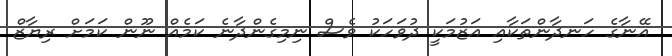
އޭނާގެ ހަނދާންތަކާއި އަޒުމަކީ ދުވަހަކު ވެސް ނިމިގެންދާނެ ކަމެއް ނޫން ކަމަށް ރިޔާޒް